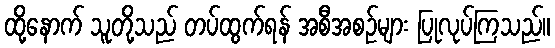
ထို့နောက် သူတို့သည် တပ်ထွက်ရန် အစီအစဉ်များ ပြုလုပ်ကြသည်။